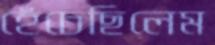
হেঁচেছিলেম